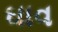
ઘાવ